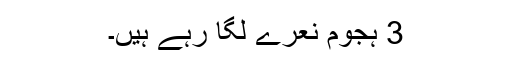
3 ہجوم نعرے لگا رہے ہیں۔